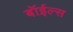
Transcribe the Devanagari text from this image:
बॉईल्स